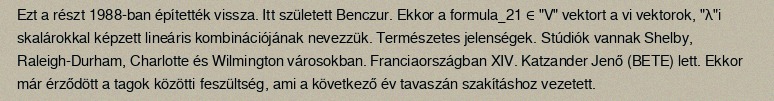
Ezt a részt 1988-ban építették vissza. Itt született Benczur. Ekkor a formula_21 ∈ "V" vektort a vi vektorok, "λ"i skalárokkal képzett lineáris kombinációjának nevezzük. Természetes jelenségek. Stúdiók vannak Shelby, Raleigh-Durham, Charlotte és Wilmington városokban. Franciaországban XIV. Katzander Jenő (BETE) lett. Ekkor már érződött a tagok közötti feszültség, ami a következő év tavaszán szakításhoz vezetett.